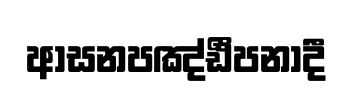
ආසනපඤ්ඪීපනාදී